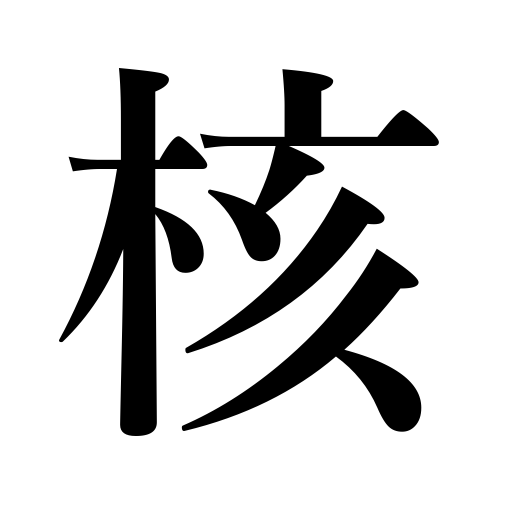
Meanings: kernel,nucleus,seed,core